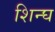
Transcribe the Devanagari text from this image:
शिन्घ